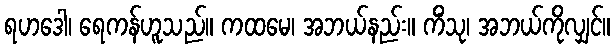
ရဟဒေါ၊ ရေကန်ဟူသည်။ ကထမေ၊ အဘယ်နည်း။ ကိံသု၊ အဘယ်ကိုလျှင်။